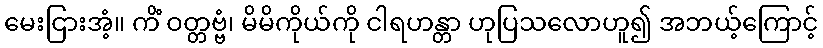
မေးငြားအံ့။ ကိံ ဝတ္တဗ္ဗံ၊ မိမိကိုယ်ကို ငါရဟန္တာ ဟုပြသလောဟူ၍ အဘယ့်ကြောင့်